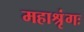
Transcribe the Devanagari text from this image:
महाश्रृंगः